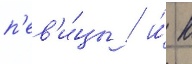
п'ев'и́цы / и́ к